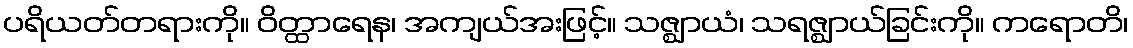
ပရိယတ်တရားကို။ ဝိတ္ထာရေန၊ အကျယ်အးဖြင့်။ သဇ္ဈာယံ၊ သရဇ္ဈာယ်ခြင်းကို။ ကရောတိ၊